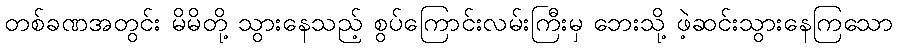
တစ်ခဏအတွင်း မိမိတို့ သွားနေသည့် စွပ်ကြောင်းလမ်းကြီးမှ ဘေးသို့ ဖဲ့ဆင်းသွားနေကြသော